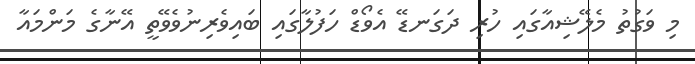
މި ވަގުތު މެލޭޝިއާގައި ހުރި ދަގަނޑޭ އެވޯޑް ހަފުލާގައި ބައިވެރިނުވެވޭތީ އޭނާގެ މަންމައާ